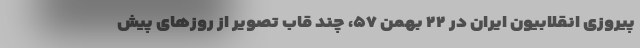
پیروزی انقلابیون ایران در ۲۲ بهمن ۵۷، چند قاب تصویر از روزهای پیش